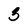
Character: 3